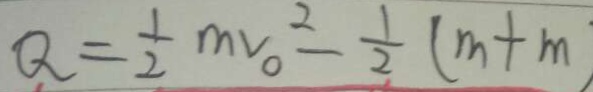
Q = \frac { 1 } { 2 } m v _ { 0 } ^ { 2 } - \frac { 1 } { 2 } ( m + m )